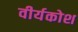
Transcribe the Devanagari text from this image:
वीर्यकोश